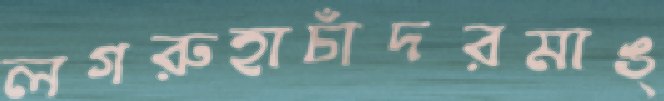
লগরুহাচাঁদরমাঙ্